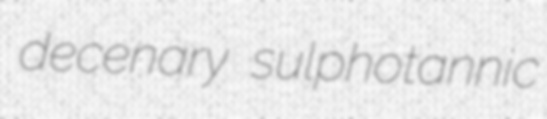
decenary sulphotannic